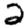
Digit: 2